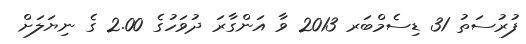
ފުރުސަތު 31 ޑިސެމްބަރ 2013 ވާ އަންގާރަ ދުވަހުގެ 2.00 ގެ ނިޔަލަށް